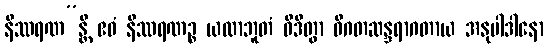
နိဿရဏ”န္တိ ဧဝံ နိဿရဏဉ္စ ယထာဘူတံ ဝိဒိတွာ ဝိဂတဆန္ဒရာဂတာယ အနုပါဒါနော